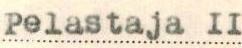
Pelastaja II